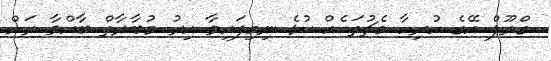
ގްރޫޕް އޭގެ ހުރިހާ މެޗުތަކެއް ކުޅެ ނިމިފައިވާ އިރު މުބާރާތް ބާއްވާ ރަށް